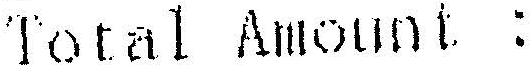
TOTAL AMOUNT :